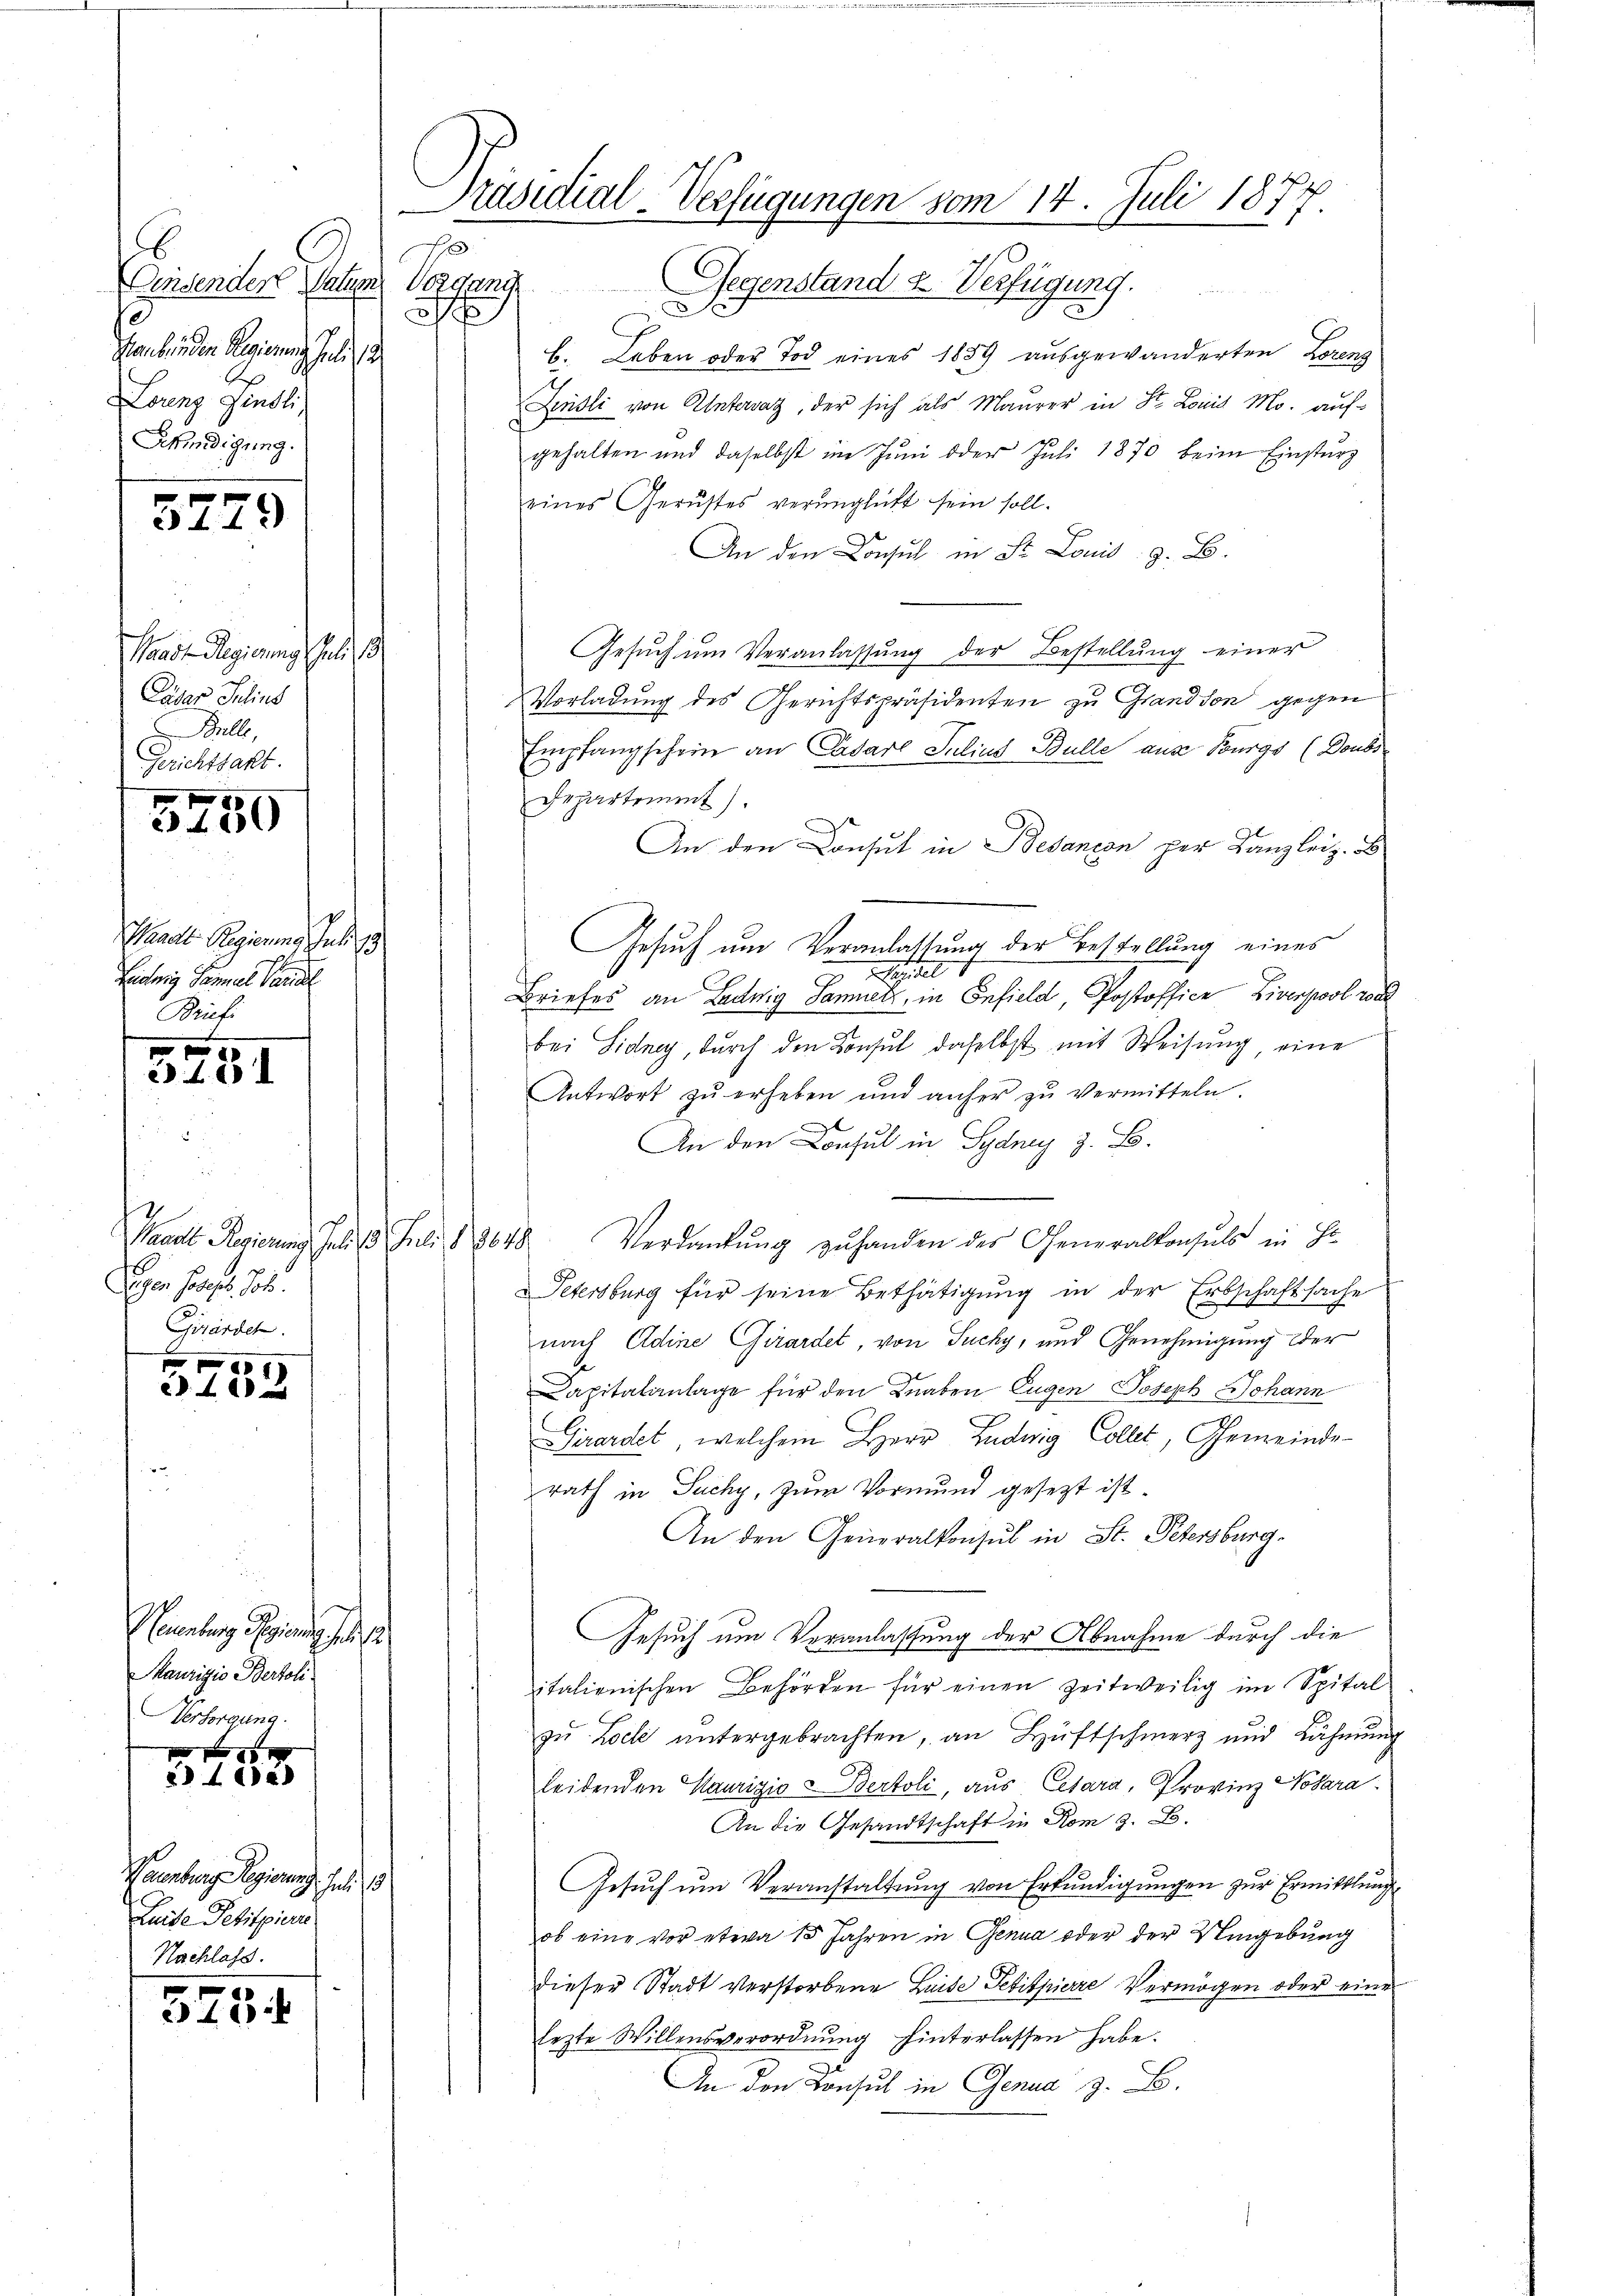
f
Graubünden Regierung Juli
Lorenz findli,
Ekündigung.

5779

Waadt Regierung Juli 18
Pater Julius
Bulle,
Gerichtsakt.

5250

Waadt Regierung Juli
Ludwig Sammel Paral
Brief

5281

Saale Regierung Jeder Fr. 1901
Eigen folgt. Joh.
Girarden.

54
 f 0 x

Neuenburg Regierung di
Maurizio Bertoli
Versorgung.

0 f 0 x
24 de

Neuenburg Regierung. Juli 18
Luite Petitpieru
Nachlass.
0

410.

Präsidial-Verfügungen vom 14. Juli 1877
x

Densender Statum Vorgang Gegenstand u. Verfügung.
b. Leben oder Tod eines 1859 ausgewanderten Lorenz
Finsli von Untervaz, der sich als Maurer in St. Louis Mo. auf-
gehalten und daselbst im Jŭni oder Juli 1870 beim Einsturz
eines Gerüstes verunglicht sein soll.
An den Consul in St. Louis, z. B.
Gesŭch ŭm Veranlassŭng der Bestellŭng einer
Vorladung des Gerichtspräsidenten zu Grandson gegen
Empfangschein an Cadarl Julius Bülle aus Bourgs (Doubs
Departement)
An den Consul in Bedancon per Kanzleiz. B
Gesuch um Veranlassung der Bestellung eines
pitel
Briefes an Ludwig Samuel, in Enfield, Postoffice, Liverpool von
bei Sidney, durch den Konsul daselbst mit Weisung eine
Antwort zu erheben und anfer zu vermitteln
An den Consul in Sydney z. B.
Verdankung zuhanden des Generalkonsuls in Hi
Petersburg für seine Bethätigung in der Erbschaftsache
nach Adine Girardet, von Suchy, und Genehmigung der
Capitalanlage für den Knaben Eugen Joseph Johann
Girardet, welchem Herr Ludwig Collet, Gemeinderath in Suchy, zum Vormund gesetzt ist.
An den Generalkonsul in St. Petersburg.
Gesuch um Veranlassung der Abnahme durch die
italienischen Behörden für einen zeitweilig im Spital-
zu Loch untergebrachten, an Hüftschmerz und Lähmung
leidenden Saurizio Bertoli, aus Cesara, Provinz Notara
An die Gesandtschaft in Rom z. B.
Gesuch um Veranstaltung von Erkundigungen zur Ermittlung
ob eine vor etwa 15 Jahren in Genua oder der Umgebung
dieser Stadt verstorbene Luise Petitpierre Vermögen oder eine
lezte Willensverordnung hinterlassen habe.
An den Konsul in Genua z. B.